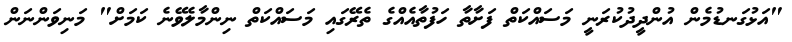
"އަޅުގަނޑުމެން އުންދީދުކުރަނީ މަސައްކަތް ފަށާތާ ހަފުތާއެއްގެ ތެރޭގައި މަސައްކަތް ނިންމާލެވޭނެ ކަމަށް" މަނިވަންނަން